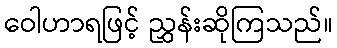
ဝေါဟာရဖြင့် ညွှန်းဆိုကြသည်။